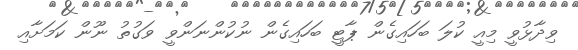
ވިދާޅުވީ މިއީ ކުލަ ބަހައިގެން ޕާޓީ ބަހައިގެން ނުކުންނަންވީ ވަގުތު ނޫން ކަމަށާއި